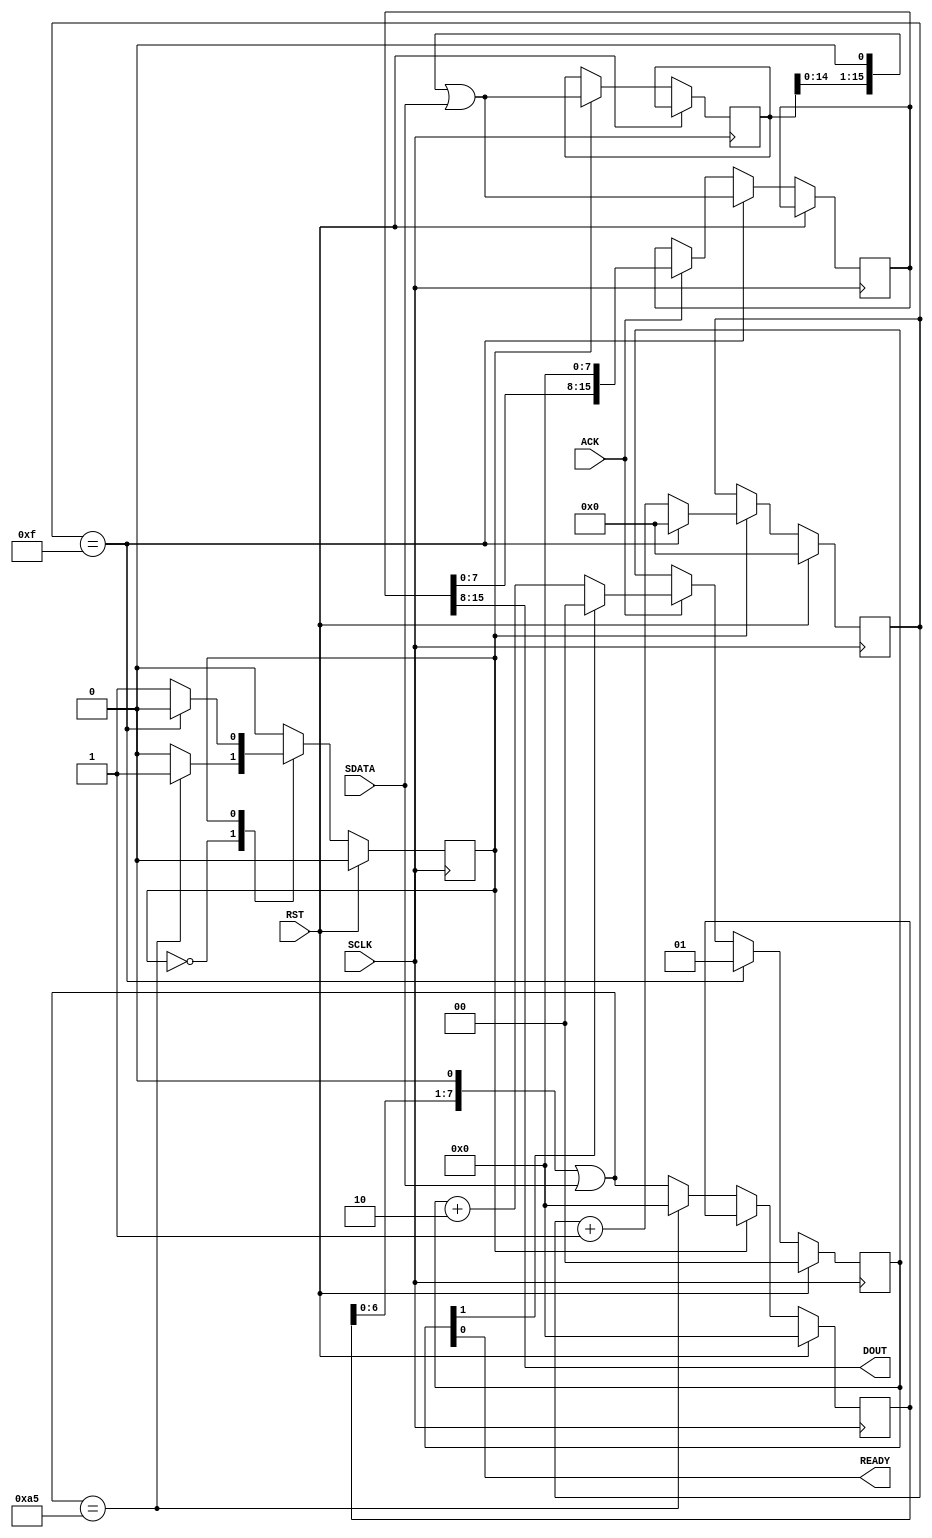
`timescale 1ns / 1 ns 

module rcvr
#(
  parameter integer HEADER_SIZE      = 8     ,
  parameter integer HEADER_VALUE     = 8'ha5 ,
  parameter integer BODY_SIZE        = 16     
 )
 (
  input  wire       SCLK  ,
  input  wire       RST   ,
  input  wire       SDATA ,
  input  wire       ACK   ,
  output wire       READY ,
  output wire [7:0] DOUT   
 ) ;

  // might not yet be fully supported
  parameter  integer COUNTER_SIZE = /* $clog2(BODY_SIZE)                */ 4 ;
  parameter  integer ACK_COUNT    = /* $ceil($itor(BODY_SIZE)/$itor(8)) */ 2 ;
  parameter  integer ACK_SIZE     = /* $clog2(ACK_COUNT) + 1            */ 2 ;

  localparam integer SHIFTH = 0 ,
                     SHIFTB = 1 ;

  reg                         state  ;
  reg  [ COUNTER_SIZE-1 : 0 ] count  ;
  reg  [ HEADER_SIZE-1  : 0 ] header ;
  reg  [ BODY_SIZE-1    : 0 ] body   ;
  reg  [ BODY_SIZE-1    : 0 ] buffer ;
  reg  [ ACK_SIZE-1     : 0 ] rdycnt ;

  always @ ( posedge SCLK )
    if ( RST )
      begin
        state  <= SHIFTH ;
        header <= 0 ;
        count  <= 0 ;
        rdycnt <= 0 ;
      end
    else
      begin : BEHAVIOR

        // temporary variables
        reg  [ HEADER_SIZE-1 : 0 ] header_next ;
        reg  [ BODY_SIZE-1 : 0 ]   body_next   ;
        header_next = (header << 1) | SDATA ;
        body_next   = (  body << 1) | SDATA ;

        // state machine
        case ( state )
          SHIFTH : if (header_next == HEADER_VALUE) state <= SHIFTB ;
          SHIFTB : if (count == BODY_SIZE-1)        state <= SHIFTH ;
        endcase

        // header
        if ( state == SHIFTH )
          if ( header_next == HEADER_VALUE )
            header <= 0 ;
          else
            header <= header_next ;

        // body
        if ( state == SHIFTB )
          body <= body_next ;

        // counter
        if ( state == SHIFTB )
          if ( count == BODY_SIZE-1 )
            count <= 0 ;
          else
            count <= count + 1 ;

        // buffer
        if ( count == BODY_SIZE-1 )
          buffer <= body_next ;
        else
          if ( ACK )
            buffer <= buffer << 8 ;

        // ready
        if ( count == BODY_SIZE-1 )
          rdycnt <= 1 ;
        else
          if ( ACK )
            if ( rdycnt[ACK_SIZE-1:1] == ACK_COUNT-1 )
              rdycnt <= 0 ;
            else
              rdycnt <= rdycnt + 2 ;

      end // BEHAVIOR

  assign READY = rdycnt[0] ;
  assign DOUT  = buffer[BODY_SIZE-1:BODY_SIZE-8] ;

endmodule